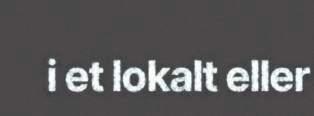
i et lokalt eller